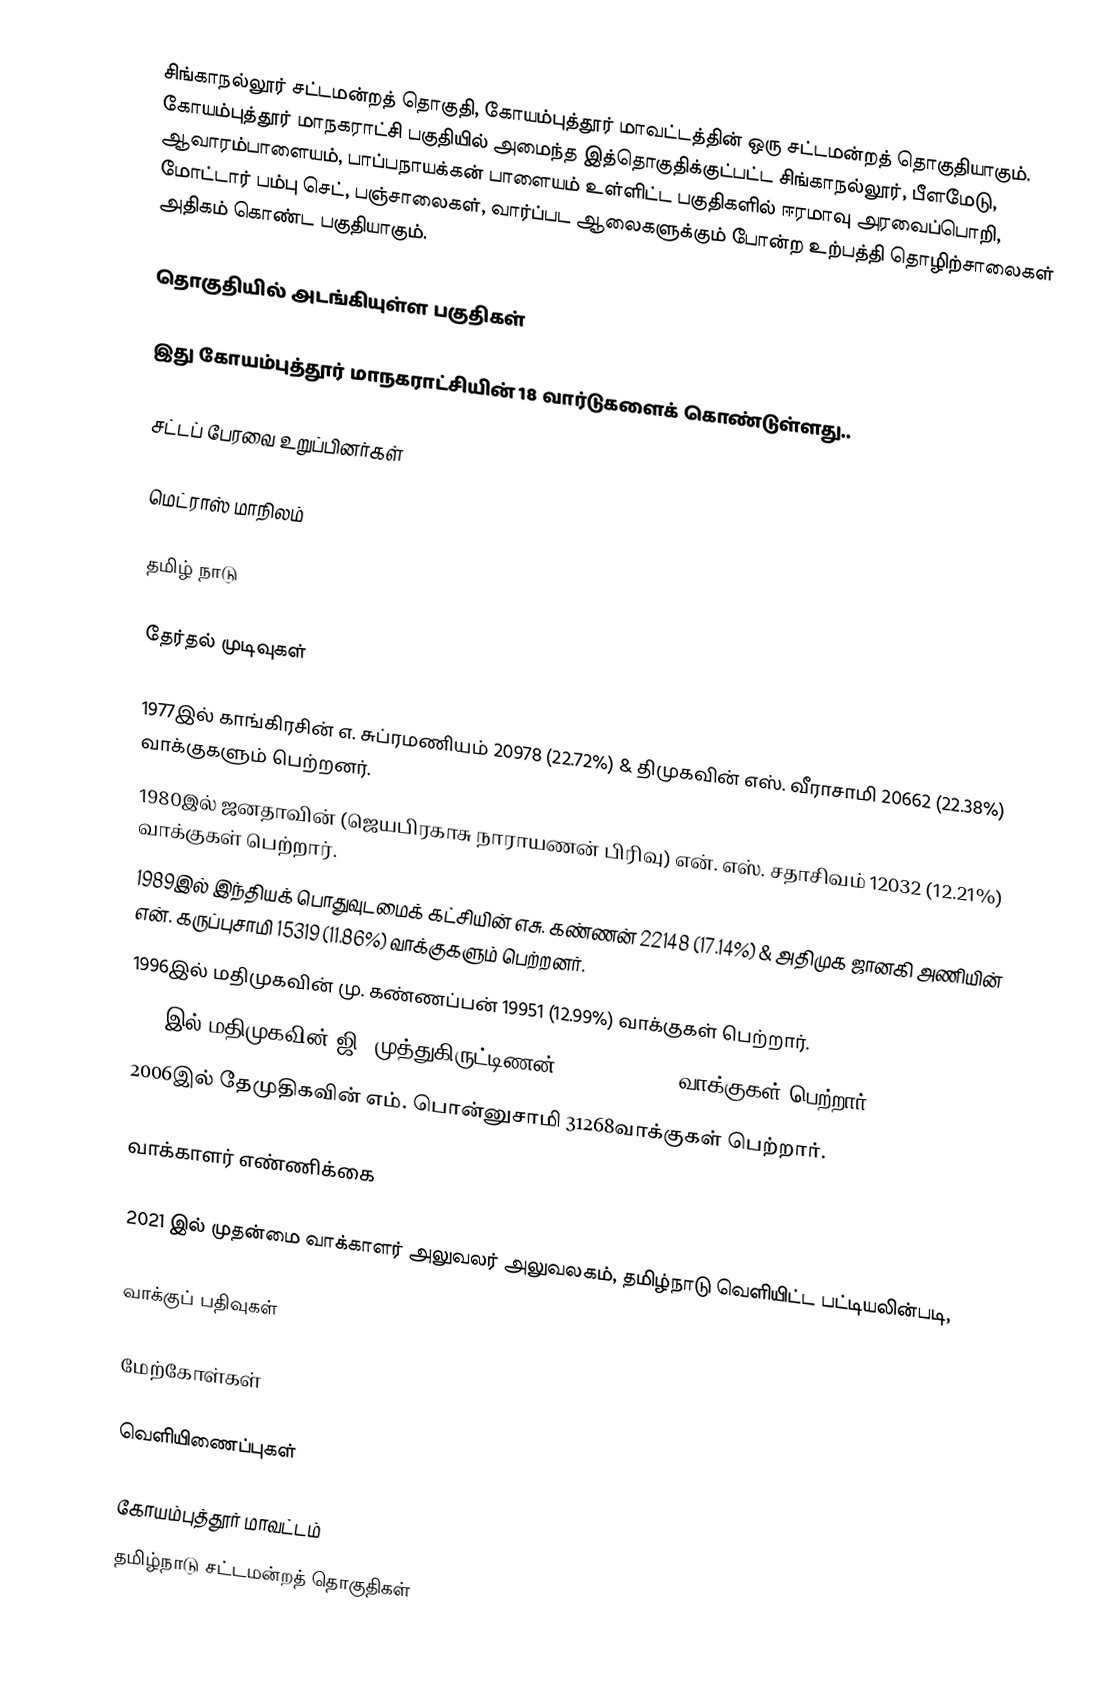
சிங்காநல்லூர் சட்டமன்றத் தொகுதி, கோயம்புத்தூர் மாவட்டத்தின் ஒரு சட்டமன்றத் தொகுதியாகும். கோயம்புத்தூர் மாநகராட்சி பகுதியில் அமைந்த இத்தொகுதிக்குட்பட்ட சிங்காநல்லூர், பீளமேடு, ஆவாரம்பாளையம், பாப்பநாயக்கன் பாளையம் உள்ளிட்ட பகுதிகளில் ஈரமாவு அரவைப்பொறி, மோட்டார் பம்பு செட், பஞ்சாலைகள், வார்ப்பட ஆலைகளுக்கும் போன்ற உற்பத்தி தொழிற்சாலைகள் அதிகம் கொண்ட பகுதியாகும்.

தொகுதியில் அடங்கியுள்ள பகுதிகள்

இது கோயம்புத்தூர் மாநகராட்சியின் 18 வார்டுகளைக் கொண்டுள்ளது..

சட்டப் பேரவை உறுப்பினர்கள்

மெட்ராஸ் மாநிலம்

தமிழ் நாடு

தேர்தல் முடிவுகள்

1977இல் காங்கிரசின் எ. சுப்ரமணியம் 20978 (22.72%) & திமுகவின் எஸ். வீராசாமி  20662 (22.38%) வாக்குகளும் பெற்றனர்.
1980இல் ஜனதாவின் (ஜெயபிரகாசு நாராயணன் பிரிவு) என். எஸ். சதாசிவம் 12032 (12.21%) வாக்குகள் பெற்றார்.
1989இல் இந்தியக் பொதுவுடமைக் கட்சியின் எசு. கண்ணன் 22148 (17.14%) & அதிமுக ஜானகி அணியின் என். கருப்புசாமி 15319 (11.86%) வாக்குகளும் பெற்றனர்.
1996இல் மதிமுகவின் மு. கண்ணப்பன் 19951 (12.99%) வாக்குகள் பெற்றார்.
2001இல் மதிமுகவின் ஜி. முத்துகிருட்டிணன் 14825 (8.88%) வாக்குகள் பெற்றார்.
2006இல் தேமுதிகவின் எம். பொன்னுசாமி 31268வாக்குகள் பெற்றார்.

வாக்காளர் எண்ணிக்கை

2021 இல் முதன்மை வாக்காளர் அலுவலர் அலுவலகம், தமிழ்நாடு வெளியிட்ட பட்டியலின்படி,

வாக்குப் பதிவுகள்

மேற்கோள்கள்

வெளியிணைப்புகள்

கோயம்புத்தூர் மாவட்டம்
தமிழ்நாடு சட்டமன்றத் தொகுதிகள்